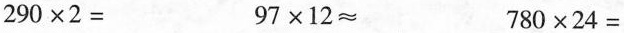
$$2 9 0 \times 2 =$$$$9 7 \times 1 2 ≈$$$$7 8 0 \times 2 4 =$$